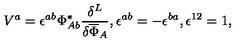
V ^ { a } = \epsilon ^ { a b } \Phi _ { A b } ^ { * } \frac { \delta ^ { L } } { \delta \overline { { \Phi } } _ { A } } , \epsilon ^ { a b } = - \epsilon ^ { b a } , \epsilon ^ { 1 2 } = 1 ,